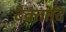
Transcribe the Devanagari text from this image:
देवतादि